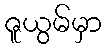
ဇူယွမ်မှာ